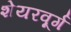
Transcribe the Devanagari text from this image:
शेयरवूर्ग